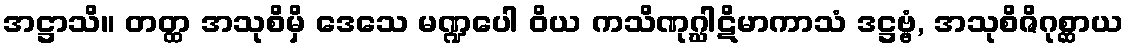
အဋ္ဌာသိ။ တတ္ထ အသုစိမှိ ဒေသေ မဏ္ဍပေါ ဝိယ ကသိဏုဂ္ဃါဋိမာကာသံ ဒဋ္ဌဗ္ဗံ, အသုစိဇိဂုစ္ဆာယ